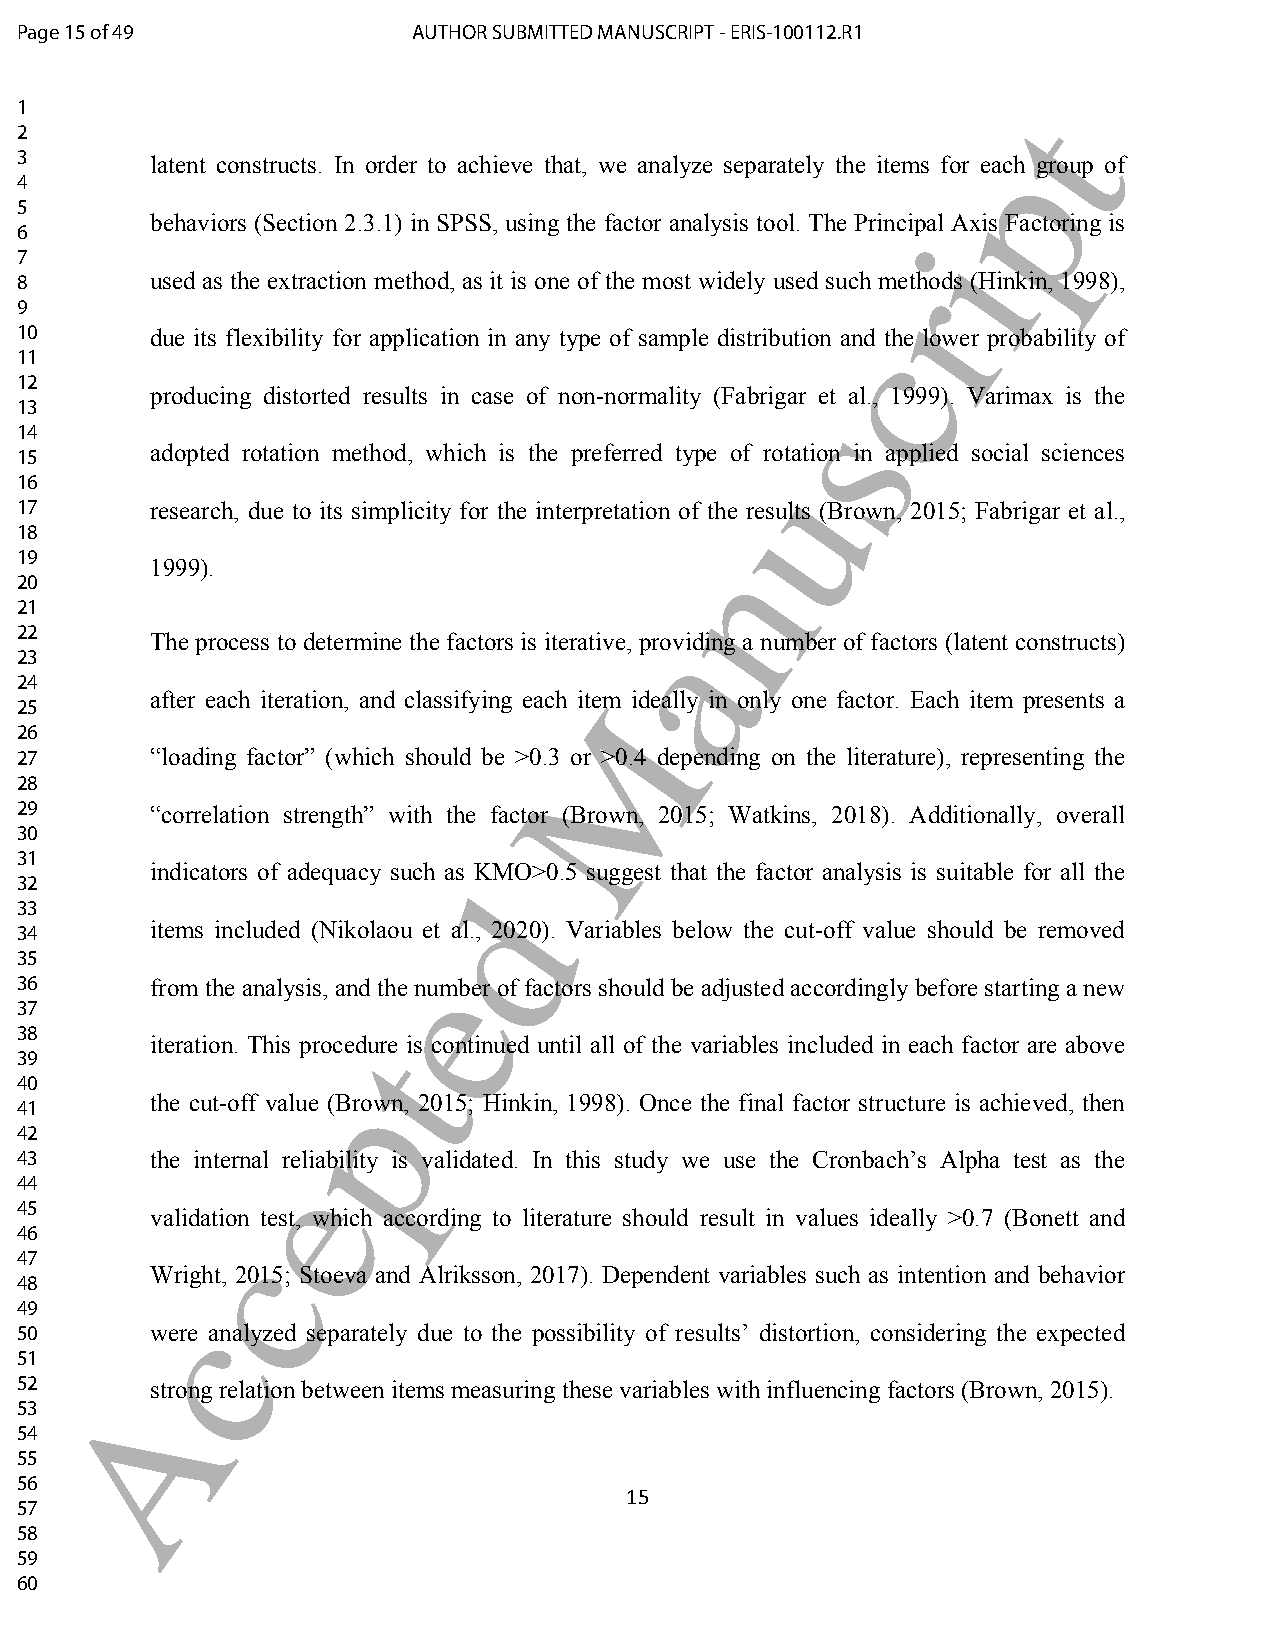
Page 15 of 49             AUTHOR SUBMITTED MANUSCRIPT - ERIS-100112.R1
 1                                                                 t
 2
 p
 3        latent constructs. In order to achieve that, we analyze separately the items for each group of
 4
 5
 behaviors (Section 2.3.1) in SPSS, using the factor analysis tool. The Principal Axis Factoring is
 6                                                           i
 7
 8        used as the extraction method, as it is one of the most widely used such mrethods (Hinkin, 1998),
 9
 10       due its flexibility for application in any type of sample distribution ac nd the lower probability of
 11
 12
 producing distorted results in case of non-normality (Fabrigar et al., 1999). Varimax is the
 s
 13
 14
 adopted rotation method, which is the preferred type of rotation in applied social sciences
 15
 u
 16
 17       research, due to its simplicity for the interpretation of the results (Brown, 2015; Fabrigar et al.,
 18
 n
 19
 1999).
 20
 21
 a
 22
 The process to determine the factors is iterative, providing a number of factors (latent constructs)
 23
 24
 after each iteration, and classifying each itMem ideally in only one factor. Each item presents a
 25
 26
 27       “loading factor” (which should be >0.3 or >0.4 depending on the literature), representing the
 28
 29       “correlation strength” with the factor (Brown, 2015; Watkins, 2018). Additionally, overall
 30
 31
 indicators of adequacy such as KMO>0.5 suggest that the factor analysis is suitable for all the
 32                           d
 33
 34       items included (Nikolaou et al., 2020). Variables below the cut-off value should be removed
 35
 e
 36       from the analysis, and the number of factors should be adjusted accordingly before starting a new
 37
 38       iteration. This procetdure is continued until all of the variables included in each factor are above
 39
 40                  p
 the cut-off value (Brown, 2015; Hinkin, 1998). Once the final factor structure is achieved, then
 41
 42
 43       the internale reliability is validated. In this study we use the Cronbach’s Alpha test as the
 44
 45
 validation test, which according to literature should result in values ideally >0.7 (Bonett and
 46           c
 47
 Wright, 2015; Stoeva and Alriksson, 2017). Dependent variables such as intention and behavior
 48
 49        c
 50       were analyzed separately due to the possibility of results’ distortion, considering the expected
 51
 52     A strong relation between items measuring these variables with influencing factors (Brown, 2015).
 53
 54
 55
 56
 15
 57
 58
 59
 60